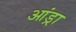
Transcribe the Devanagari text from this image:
आंड्रा